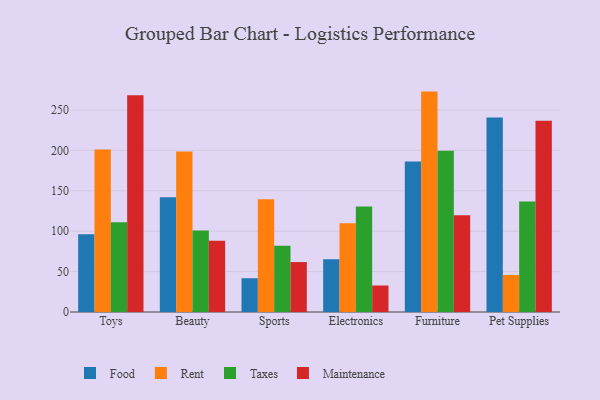
{"axis": {"x": "Category", "y": "Operating Costs (USD K)"}, "legend": ["Food", "Maintenance", "Rent", "Taxes"], "data": [{"x": "Toys", "y": 96.2, "type": "Food"}, {"x": "Toys", "y": 201.2, "type": "Rent"}, {"x": "Toys", "y": 111.0, "type": "Taxes"}, {"x": "Toys", "y": 268.3, "type": "Maintenance"}, {"x": "Beauty", "y": 142.1, "type": "Food"}, {"x": "Beauty", "y": 198.6, "type": "Rent"}, {"x": "Beauty", "y": 100.8, "type": "Taxes"}, {"x": "Beauty", "y": 88.1, "type": "Maintenance"}, {"x": "Sports", "y": 41.8, "type": "Food"}, {"x": "Sports", "y": 139.5, "type": "Rent"}, {"x": "Sports", "y": 81.9, "type": "Taxes"}, {"x": "Sports", "y": 61.8, "type": "Maintenance"}, {"x": "Electronics", "y": 65.3, "type": "Food"}, {"x": "Electronics", "y": 109.7, "type": "Rent"}, {"x": "Electronics", "y": 130.7, "type": "Taxes"}, {"x": "Electronics", "y": 32.8, "type": "Maintenance"}, {"x": "Furniture", "y": 186.4, "type": "Food"}, {"x": "Furniture", "y": 272.8, "type": "Rent"}, {"x": "Furniture", "y": 199.6, "type": "Taxes"}, {"x": "Furniture", "y": 119.8, "type": "Maintenance"}, {"x": "Pet Supplies", "y": 240.6, "type": "Food"}, {"x": "Pet Supplies", "y": 45.8, "type": "Rent"}, {"x": "Pet Supplies", "y": 136.8, "type": "Taxes"}, {"x": "Pet Supplies", "y": 236.6, "type": "Maintenance"}]}